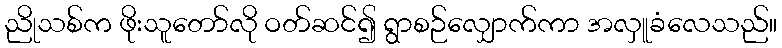
ညိုသစ်က ဖိုးသူတော်လို ဝတ်ဆင်၍ ရွာစဉ်လျှောက်ကာ အလှူခံလေသည်။